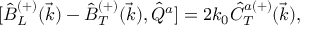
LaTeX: { [ } \hat { B } _ { L } ^ { ( + ) } ( \vec { k } ) - \hat { B } _ { T } ^ { ( + ) } ( \vec { k } ) , \hat { Q } ^ { a } ] = 2 k _ { 0 } \hat { C } _ { T } ^ { a ( + ) } ( \vec { k } ) ,